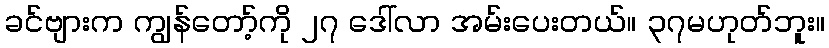
ခင်ဗျားက ကျွန်တော့်ကို ၂၇ ဒေါ်လာ အမ်းပေးတယ်။ ၃၇မဟုတ်ဘူး။